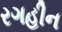
રગહીન